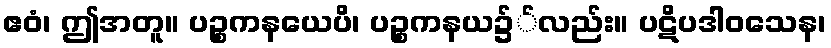
ဧဝံ၊ ဤအတူ။ ပဉ္စကနယေပိ၊ ပဉ္စကနယ၌်လည်း။ ပဋိပဒါဝသေန၊